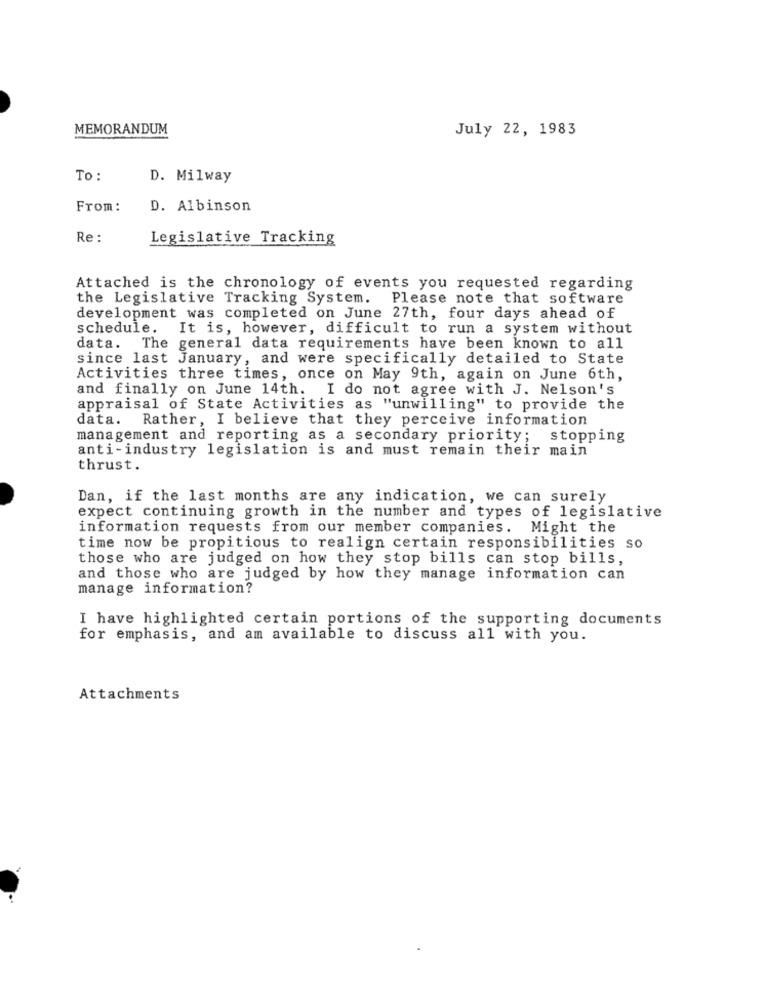
MEMORANDUM
July 22, 1983
To:
D. Milway
From :
D. Albinson
Re :
Legislative Tracking
Attached is the chronology of events you requested regarding
the Legislative Tracking System. Please note that software
development was completed on June 27th, four days ahead of
schedule. It is, however, difficult to run a system without
data.
The general data requirements have been known to all
since last January, and were specifically detailed to State
Activities three times, once on May 9th, again on June 6th,
and finally on June 14th. I do not agree with J. Nelson's
appraisal of State Activities as "unwilling" to provide the
data. Rather, I believe that they perceive information
management and reporting as a secondary priority; stopping
anti-industry legislation is and must remain their main
thrust.
Dan, if the last months are any indication, we can surely
expect continuing growth in the number and types of legislative
information requests from our member companies. Might the
time now be propitious to realign certain responsibilities so
those who are judged on how they stop bills can stop bills,
and those who are judged by how they manage information can
manage information?
I have highlighted certain portions of the supporting documents
for emphasis, and am available to discuss all with you.
Attachments